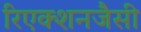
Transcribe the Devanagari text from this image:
रिएक्शनजैसी